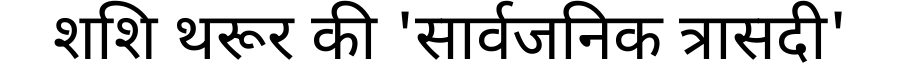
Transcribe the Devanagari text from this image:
शशि थरूर की 'सार्वजनिक त्रासदी'